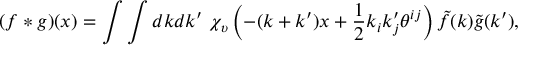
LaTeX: ( f \ast g ) ( x ) = \int \int d k d k ^ { \prime } \ \chi _ { \upsilon } \left( - ( k + k ^ { \prime } ) x + \frac 1 2 k _ { i } k _ { j } ^ { \prime } \theta ^ { i j } \right) \tilde { f } ( k ) \tilde { g } ( k ^ { \prime } ) ,